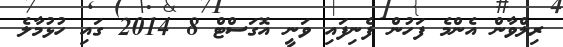
ރިލްވާން އެންމެ ފަހުން ފެނިފައި ވަނީ އޮގަސްޓް 8 2014 ގައި ހުޅުމާލެ